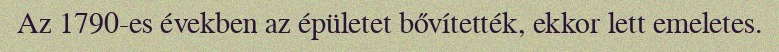
Az 1790-es években az épületet bővítették, ekkor lett emeletes.